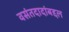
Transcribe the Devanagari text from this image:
वसंतदादांबद्दल